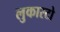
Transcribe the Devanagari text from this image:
लुकास्टो